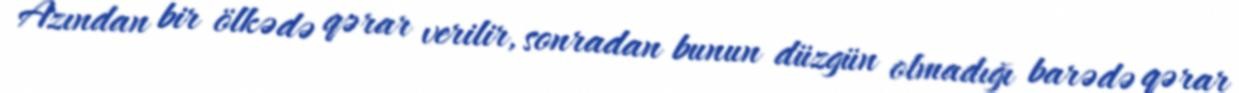
Azından bir ölkədə qərar verilir, sonradan bunun düzgün olmadığı barədə qərar